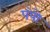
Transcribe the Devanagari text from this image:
पंपो